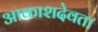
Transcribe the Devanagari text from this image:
आकाशदेवता